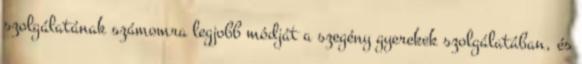
szolgálatának számomra legjobb módját a szegény gyerekek szolgálatában, és